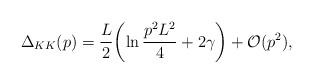
LaTeX: \begin{align*}\Delta_{KK}(p)={L\over2}\biggl(\ln{p^2L^2\over4}+2\gamma\biggr)+{\cal O}(p^2),\end{align*}